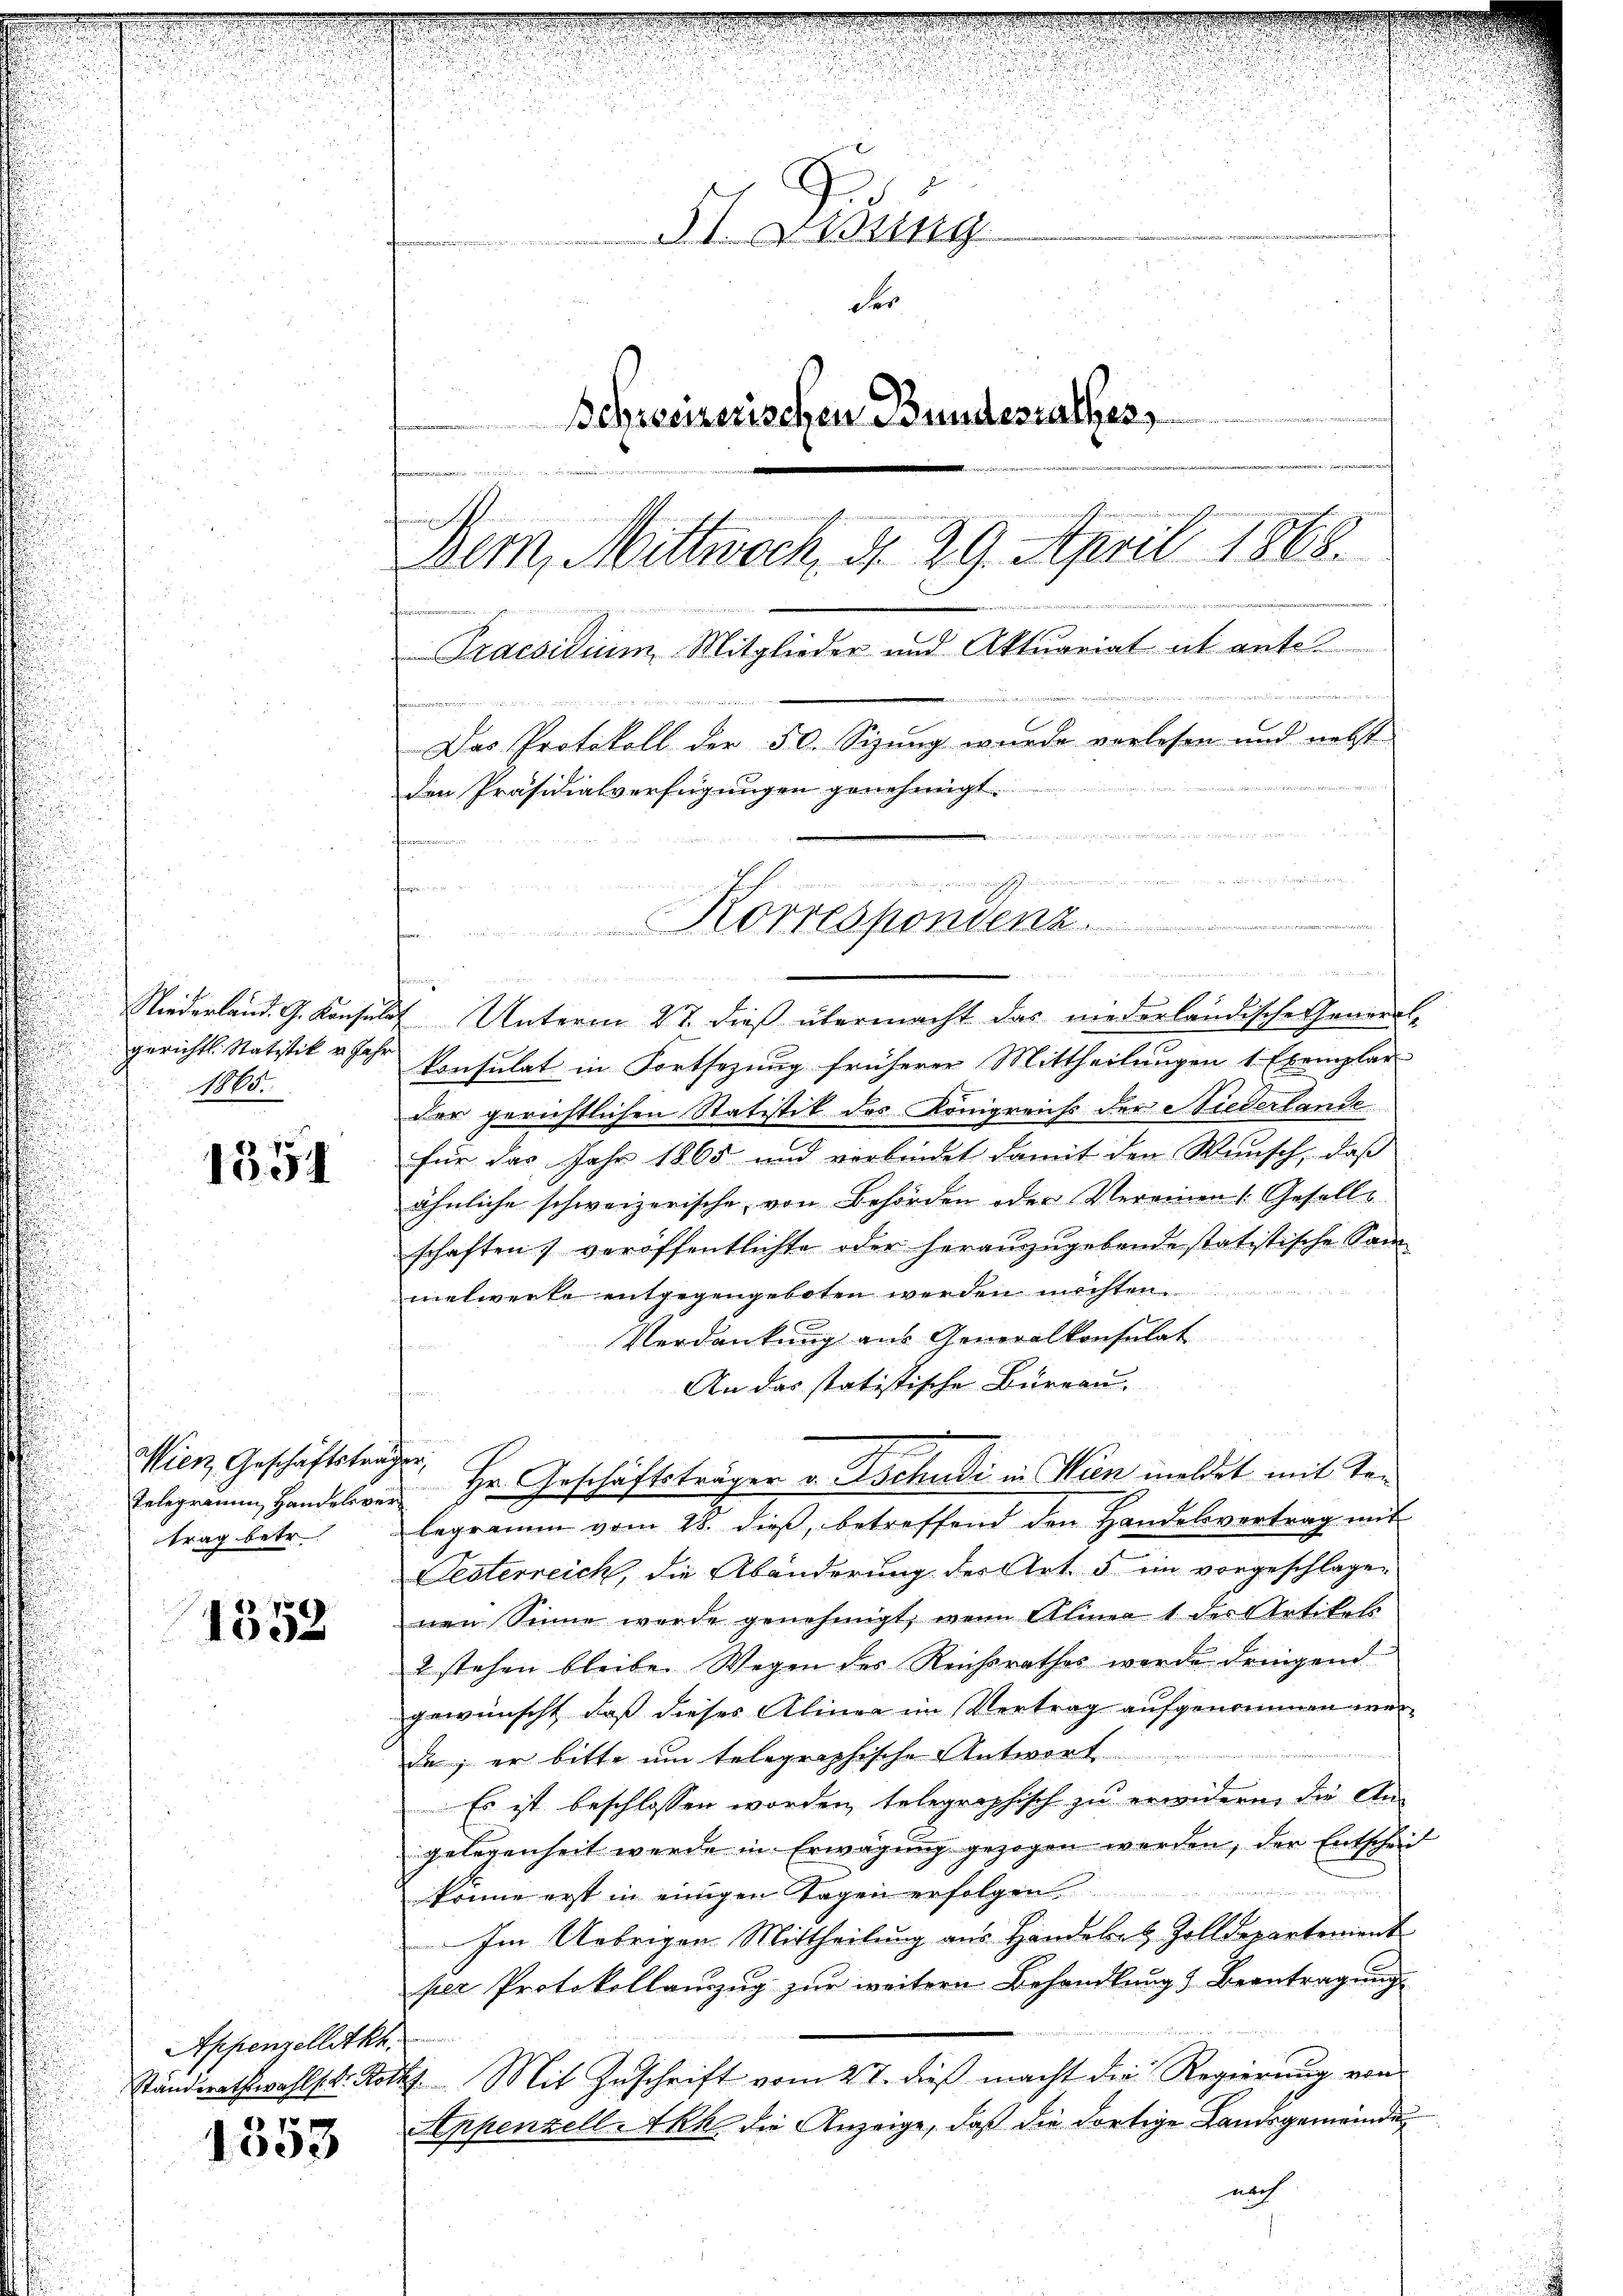
gerichts. Statistik v. Jahr
1865.

1354

Wien, Geschäftsträger,
trag betr.

1552

Appenzellitkh
7

1003

51. Lesung
e
der
Schreizerischen Bundesrathes,
onfirmenweisen ist
Bern, Mittwoch, d. 29. April 1868.
Praesidium Mitglieder und Aktuariat it ente.

Das Protokoll der 50. Sizung wurde vorlesen und nebst
den Präsidialverfügungen genehmigt.
u
n
t

..........
fon.
¬
u
Niederland. G. Konsulat Unterm 27. dieß übermacht das niederländische General-
konsulat in Fortsezung früherer Mittheilungen 1 Exemplar
der gerichtlichen Statistik des Königreichs der Niederlande
für das Jahr 1865 und verbindet damit den Wunsch, daß
ähnliche schweizerische, von Behörden oder Vereinen (Gesells
schaften) veröffentlichte oder herauszugebende statistische Sam
netwerte entgegengeboten werden möchten.
Verdankung aus Generalkonsulat
An das statistische Büreau.
.
Telegramm Handelver Hr. Geschäftsträger v. Tschudi in Wien meldet mit Telegramm vom 28. dieß, betreffend den Handelsvertrag mit
Pesterreich, die Abänderung der Art. 5 im vorgeschlagen
nen Sinne wurde genehmigt, wenn Alma 1 der Artikels
2 stehen bleibe. Wegen des Reichsrathes werde dringend
gewünscht, daß dieses Aliner im Vertrag aufgenommen werde; er bitte um telegraphische Antwort
Es ist beschlossen worden, telegraphisch zu erwidern, die Angelegenheit werde in Erwägung gezogen werden, der Entscheid
sweise in de
könne erst in einigen Tagen erfolgen
Im Uebrigen Mittheilung aus Handebet Zolldepartement
per Protokollauzug zur weitern Behandlung & Beantragung
e
Ständerathswahls k. Roth. Mit Zŭschrift vom 27. dieß macht die Regierung von
Appenzell Akke die Anzeige, daß die dortige Landsgemeinde
nach

Korrespondenz.